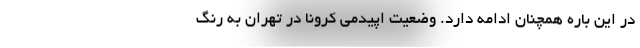
در این باره همچنان ادامه دارد. وضعیت اپیدمی کرونا در تهران به رنگ